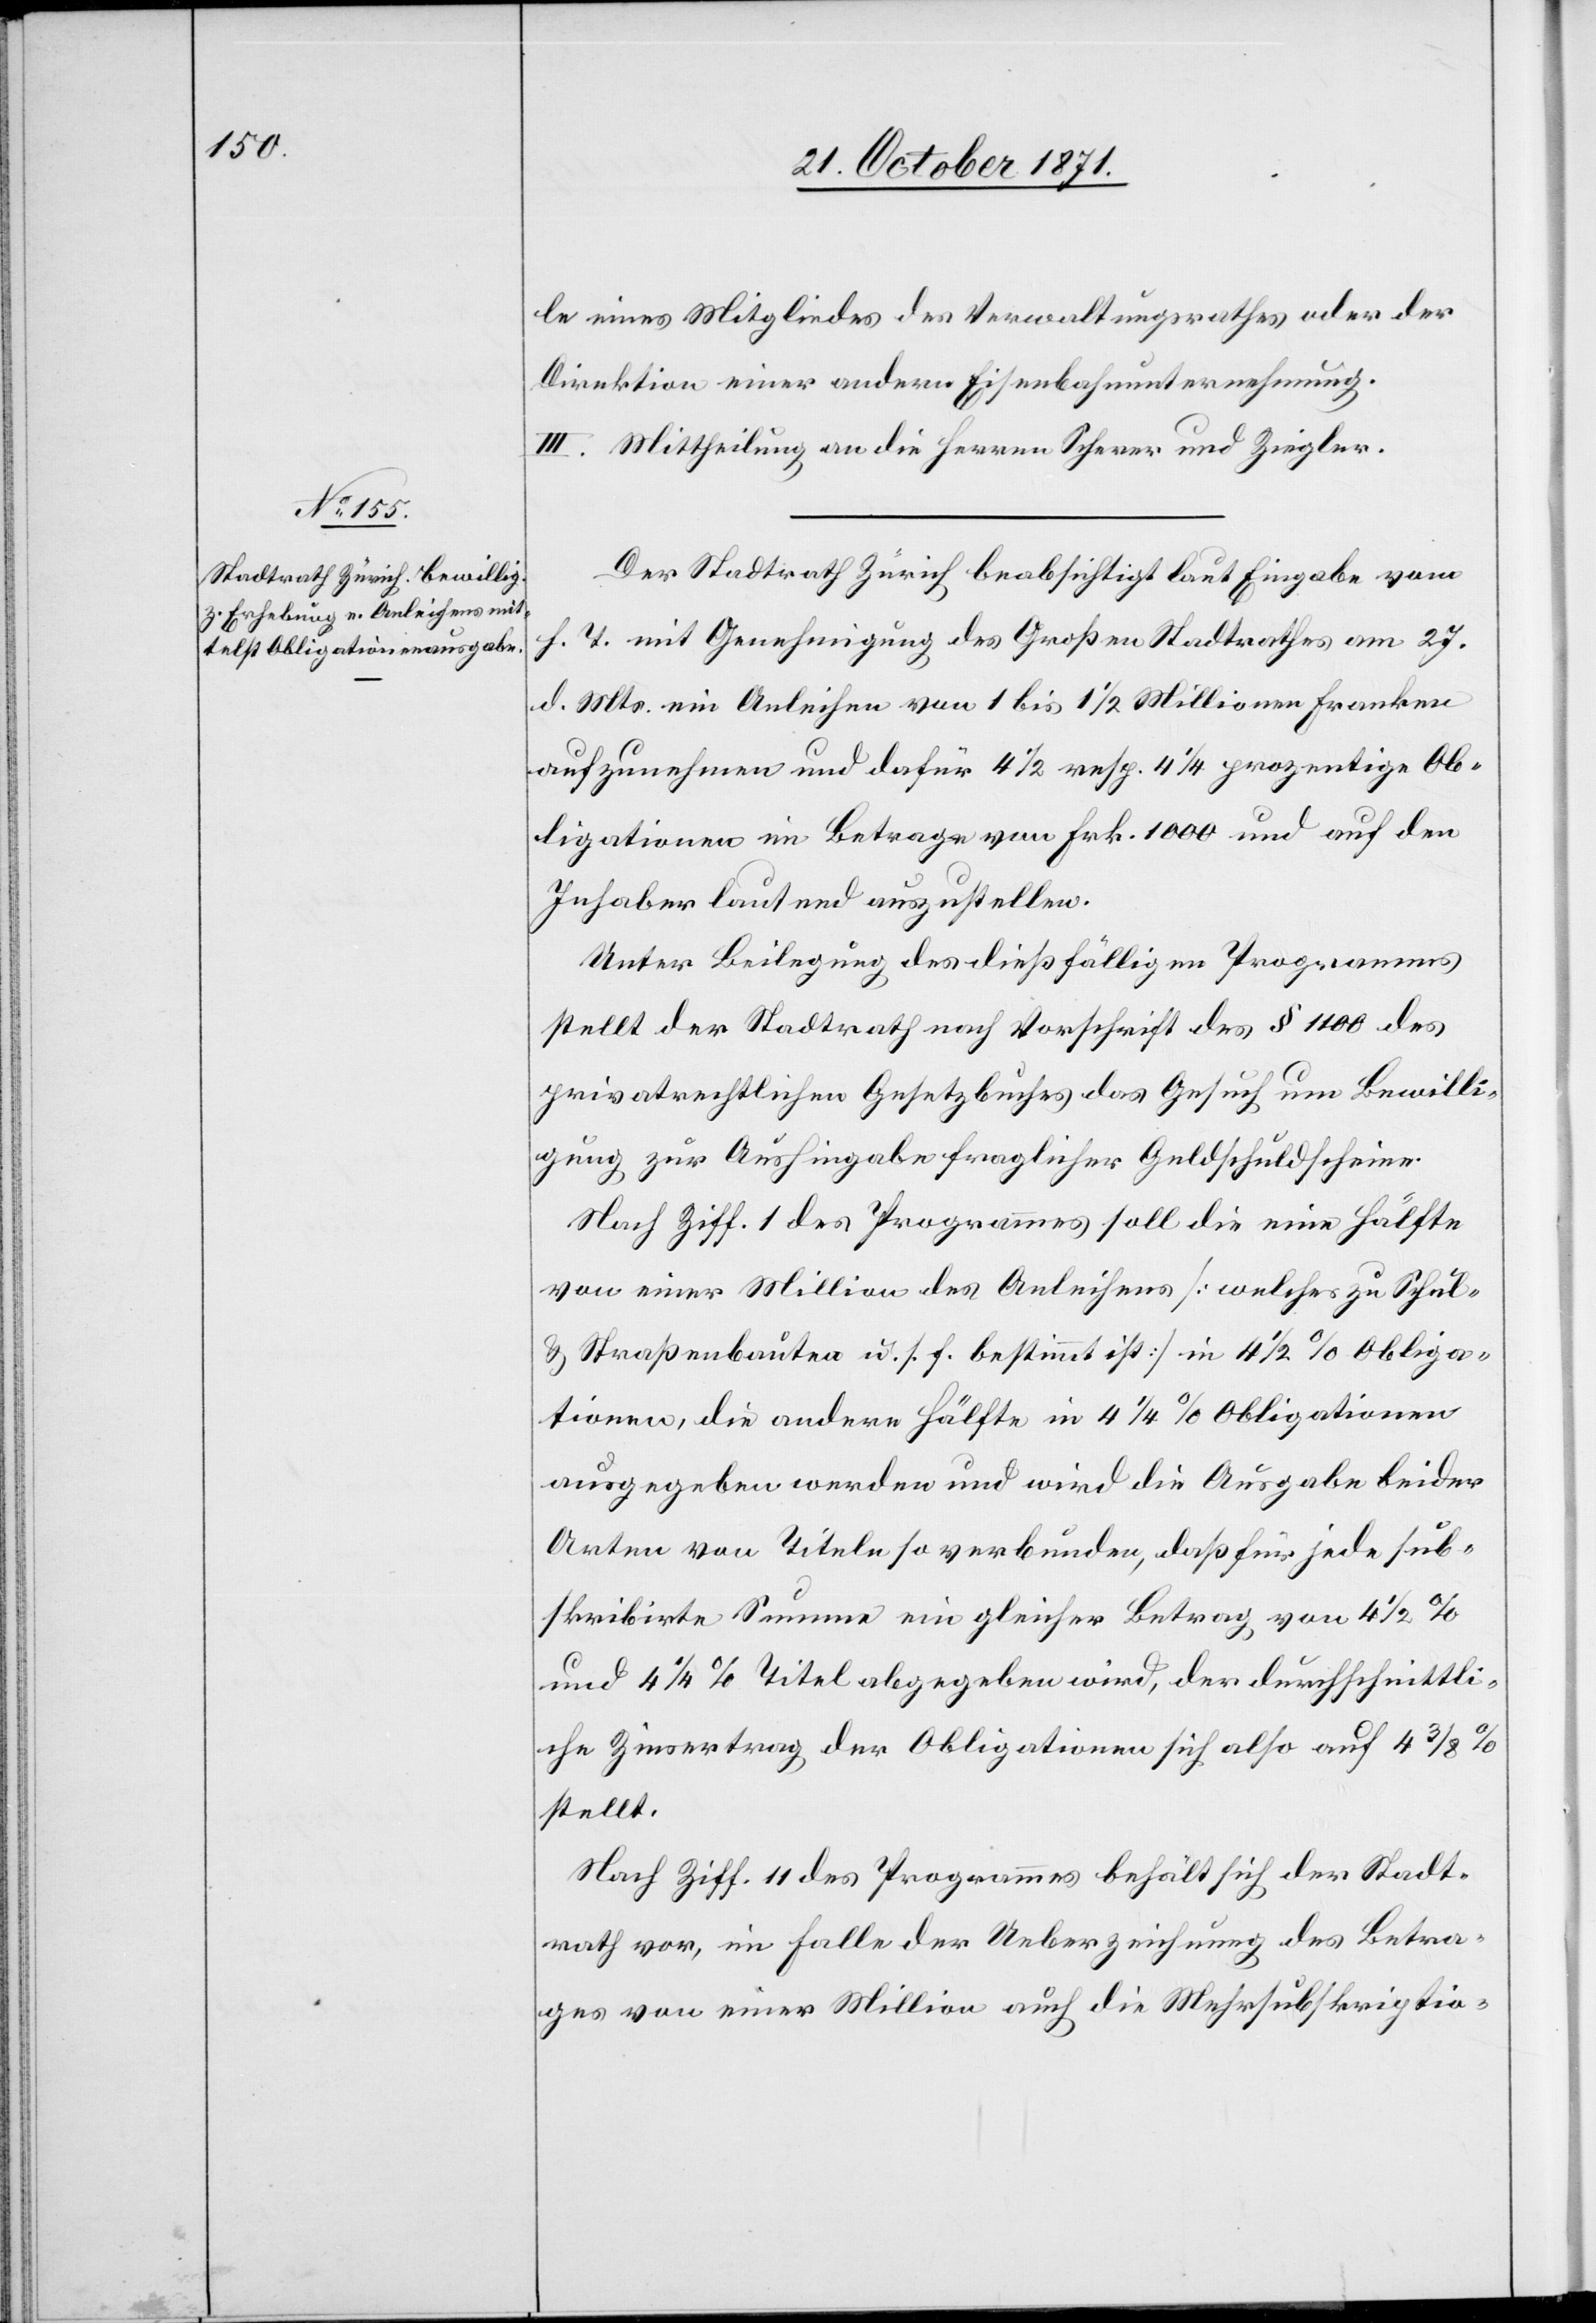
le eines Mitgliedes des Verwaltungsrathes oder der
Direktion einer andern Eisenbahnunternehmung.
III. Mittheilung an die Herren Scherer und Ziegler.
Der Stadtrath Zürich beabsichtigt laut Eingabe vom
h. T. mit Genehmigung des Großen Stadtrathes am 27.
d. Mts. ein Anleihen von 1 bis 1 1/2 Millionen Franken
aufzunehmen und dafür 4 1/2 resp. 4 1/4 prozentige Ob¬
ligationen im Betrage von Frk. 1000 und auf den
Inhaber lautend auszustellen.
Unter Beilegung des dießfälligen Programmes
stellt der Stadtrath nach Vorschrift des § 1100 des
privatrechtlichen Gesetzbuches das Gesuch um Bewilli¬
gung zur Aushingabe fraglicher Geldschuldscheine.
Nach Ziff. 1 des Programmes soll die eine Hälfte
von einer Million des Anleihens [welches zu Schul-
& Straßenbauten u. s. f. bestimmt ist] in 4 1/2 % Obliga¬
tionen, die andere Hälfte in 4 1/4 % Obligationen
ausgegeben werden und wird die Ausgabe beider
Arten von Titeln so verbunden, daß für jede sub¬
skribirte Summe ein gleicher Betrag von 4 1/2 %
und 4 1/4 % Titel abgegeben wird, der durchschnittli¬
che Zinsertrag der Obligationen sich also auf 4 3/8 %
stellt.
Nach Ziff. 11 des Programmes behält sich der Stadt¬
rath vor, im Falle der Ueberziehung des Betra¬
ges von einer Million auch die Mehrsubskriptio-